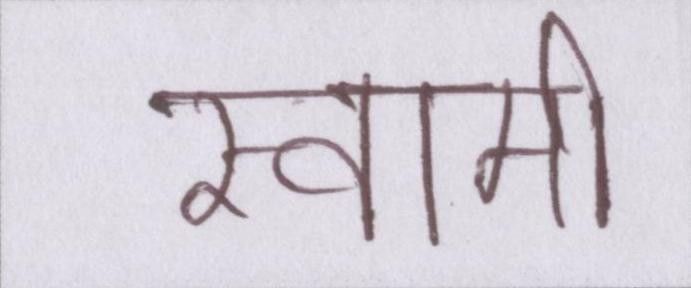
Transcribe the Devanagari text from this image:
स्वामी